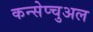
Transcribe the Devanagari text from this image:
कन्सेप्चुअल